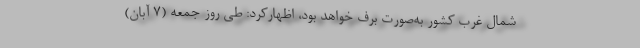
شمال غرب کشور به‌صورت برف خواهد بود، اظهارکرد: طی روز جمعه (۷ آبان)